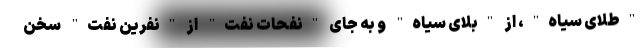
"طلای سیاه"، از "بلای سیاه" و به جای "نفحات نفت" از "نفرین نفت" سخن